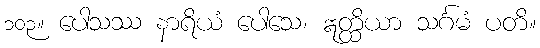
၁၀၃။ ပေါသဿ နာရိယံ ပေါသေ၊ ဣတ္ထိယာ သင်္ဂမံ ပတိ။